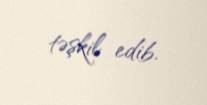
təşkil edib.